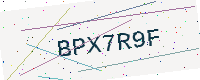
Text: BPX7R9F